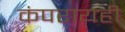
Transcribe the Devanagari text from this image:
कंपरायही